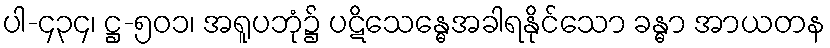
ပါ-၄၃၄၊ ဋ္ဌ-၅၀၁၊ အရူပဘုံ၌ ပဋိသေန္ဓေအခါရနိုင်သော ခန္ဓာ အာယတန